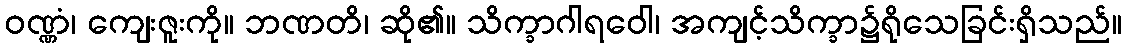
ဝဏ္ဏံ၊ ကျေးဇူးကို။ ဘဏတိ၊ ဆို၏။ သိက္ခာဂါရဝေါ၊ အကျင့်သိက္ခာ၌ရိုသေခြင်းရှိသည်။